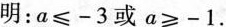
明：a≤-3或α≥-1.